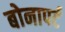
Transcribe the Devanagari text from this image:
बोनापर्ट